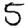
Digit: 5